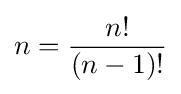
n={\frac {n!}{(n-1)!}}